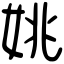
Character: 姚